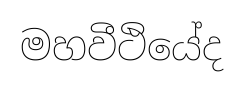
මහවීථියේද